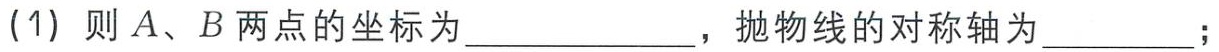
(1) 则 \(A、B\) 两点的坐标为  ，抛物线的对称轴为  ；